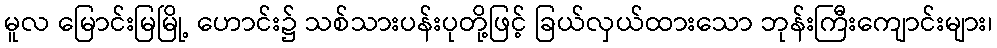
မူလ မြောင်းမြမြို့ ဟောင်း၌ သစ်သားပန်းပုတို့ဖြင့် ခြယ်လှယ်ထားသော ဘုန်းကြီးကျောင်းများ၊